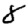
Digit: 8